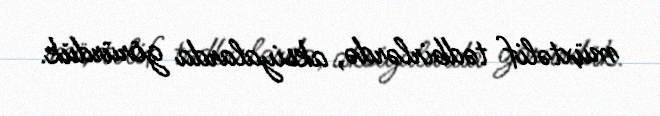
müxtəlif tədbirlərdə, aksiyalarda görürdük.